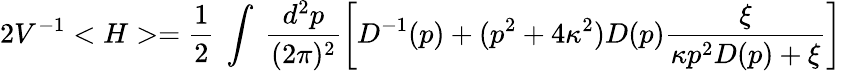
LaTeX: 2V^{-1}<H>=\frac{1}{2}~\int~\frac{d^{2}p}{(2\pi)^{2}}\left[D^{-1}(p)+(p^{2}+4\kappa^{2})D(p)\frac{\xi}{\kappa p^{2}D(p)+\xi}\right]